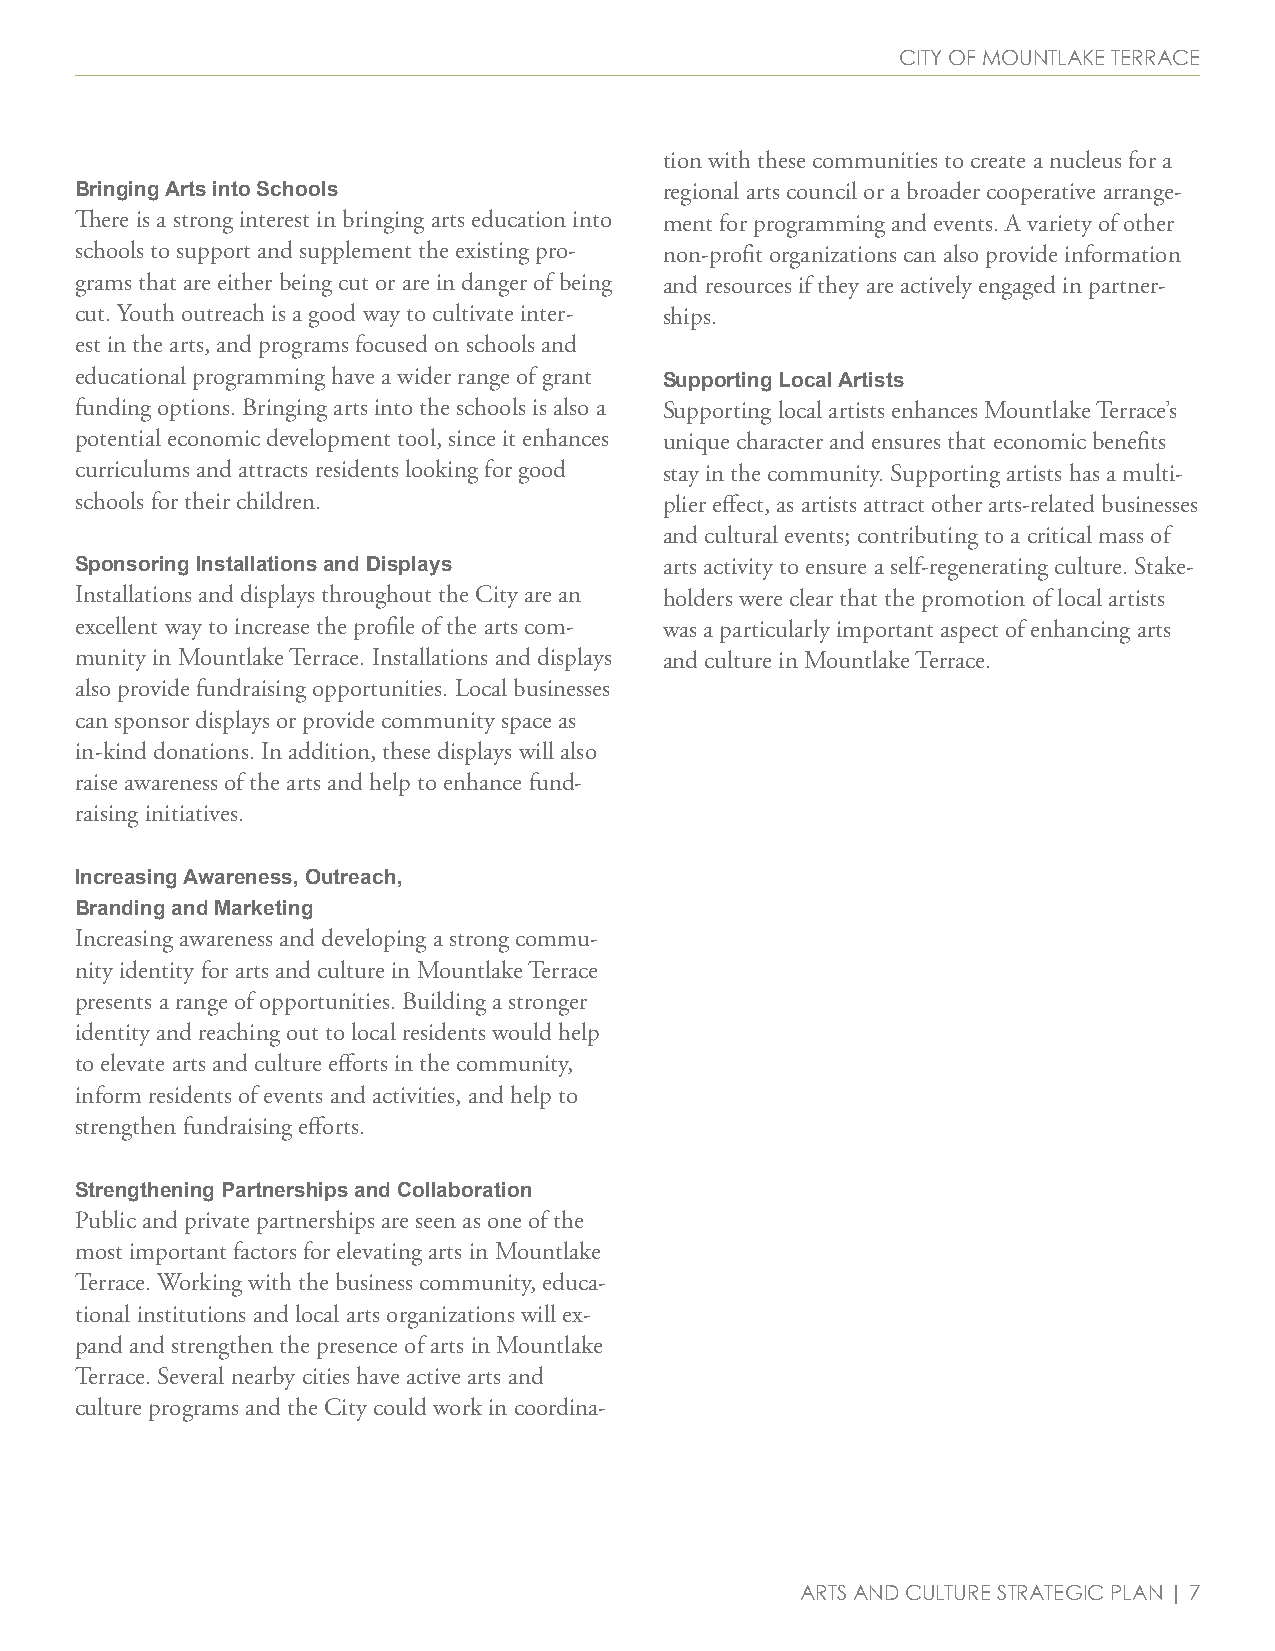
City of mountlake terraCe
 tion with these communities to create a nucleus for a
 Bringing Arts into Schools             regional arts council or a broader cooperative arrange-
 There is a strong interest in bringing arts education into ment for programming and events. A variety of other
 schools to support and supplement the existing pro- non-profit organizations can also provide information
 grams that are either being cut or are in danger of being and resources if they are actively engaged in partner-
 cut. Youth outreach is a good way to cultivate inter- ships.
 est in the arts, and programs focused on schools and
 educational programming have a wider range of grant
 Supporting Local Artists
 funding options. Bringing arts into the schools is also a Supporting local artists enhances Mountlake Terrace’s
 potential economic development tool, since it enhances unique character and ensures that economic benefits
 curriculums and attracts residents looking for good stay in the community. Supporting artists has a multi-
 schools for their children.            plier effect, as artists attract other arts-related businesses
 and cultural events; contributing to a critical mass of
 Sponsoring Installations and Displays  arts activity to ensure a self-regenerating culture. Stake-
 Installations and displays throughout the City are an holders were clear that the promotion of local artists
 excellent way to increase the profile of the arts com- was a particularly important aspect of enhancing arts
 munity in Mountlake Terrace. Installations and displays and culture in Mountlake Terrace.
 also provide fundraising opportunities. Local businesses
 can sponsor displays or provide community space as
 in-kind donations. In addition, these displays will also
 raise awareness of the arts and help to enhance fund-
 raising initiatives.
 Increasing Awareness, Outreach,
 Branding and Marketing
 Increasing awareness and developing a strong commu-
 nity identity for arts and culture in Mountlake Terrace
 presents a range of opportunities. Building a stronger
 identity and reaching out to local residents would help
 to elevate arts and culture efforts in the community,
 inform residents of events and activities, and help to
 strengthen fundraising efforts.
 Strengthening Partnerships and Collaboration
 Public and private partnerships are seen as one of the
 most important factors for elevating arts in Mountlake
 Terrace. Working with the business community, educa-
 tional institutions and local arts organizations will ex-
 pand and strengthen the presence of arts in Mountlake
 Terrace. Several nearby cities have active arts and
 culture programs and the City could work in coordina-
 arts and Culture strategiC Plan | 7